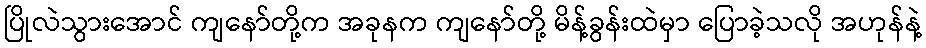
ပြိုလဲသွားအောင် ကျနော်တို့က အခုနက ကျနော်တို့ မိန့်ခွန်းထဲမှာ ပြောခဲ့သလို အဟုန်နဲ့